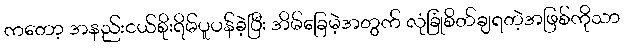
ကတော့ အနည်းငယ်စိုးရိမ်ပူပန်ခဲ့ပြီး အိမ်ခြေမဲ့အတွက် လုံခြုံစိတ်ချရတဲ့အဖြစ်ကိုသာ